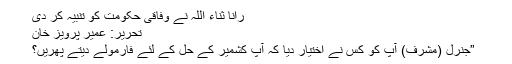
رانا ثناء اللہ نے وفاقی حکومت کو تنبیہ کر دی
تحریر: عمیر پرویز خان
ُُُُ ُُ”جنرل (مشرف) آپ کو کس نے اختیار دیا کہ آپ کشمیر کے حل کے لئے فارمولے دیتے پھریں؟